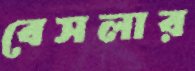
বেসলার